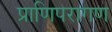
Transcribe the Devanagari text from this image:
प्राणिपरागण